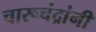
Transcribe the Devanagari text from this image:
चारूचंद्रांनी